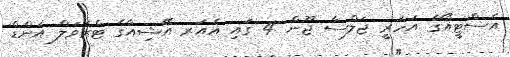
އެސްޓީއޯގެ އަހަރީ ޖަލްސާ ޖޫން 4 ގައި އެއަރ އޭޝިއާގެ ޓްރެވަލް އެންޑް